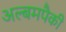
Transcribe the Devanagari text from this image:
अल्बमपैकी